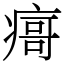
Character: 𰣻